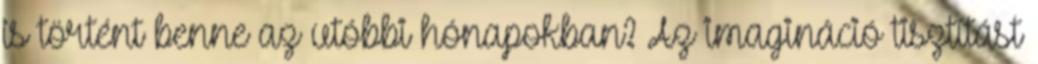
is történt benne az utóbbi hónapokban? Az imagináció tisztítást